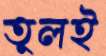
তুলই